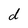
Character: d